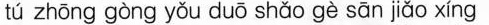
tú zhōng gòng yǒu duō shǎo gè sān jiǎo xíng